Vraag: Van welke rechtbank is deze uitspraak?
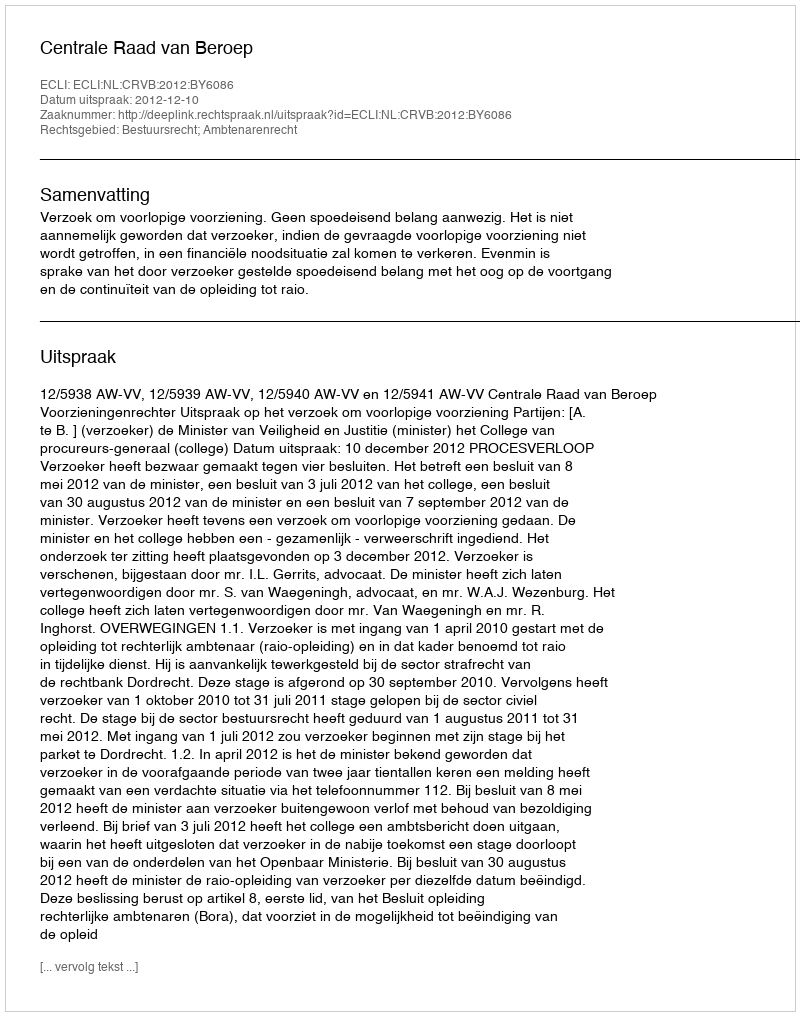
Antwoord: Centrale Raad van Beroep